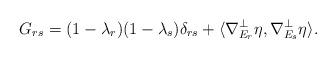
LaTeX: \begin{align*} G_{rs} = (1-\lambda_r)(1-\lambda_s)\delta_{rs} + \langle \nabla^\perp_{E_r} \eta, \nabla^\perp_{E_s} \eta \rangle .\end{align*}